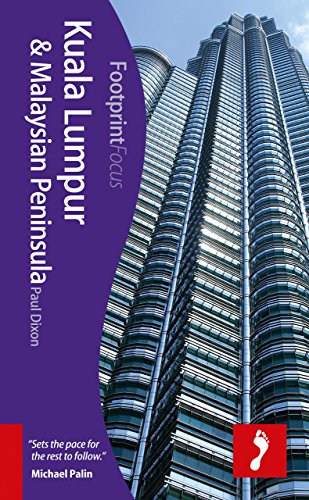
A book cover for Kuala Lumpur & Malaysian Peninsula (Footprint Focus); Paul Dixon; Travel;